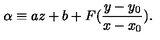
\alpha \equiv a z + b + F ( \frac { y - y _ { 0 } } { x - x _ { 0 } } ) .